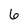
Character: 6